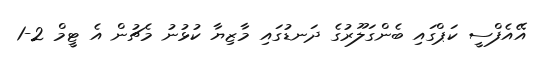
އޭއެފްސީ ކަޕްގައި ބެންގަލޫރުގެ ދަނޑުގައި މާޒިޔާ ކުޅުނު މެޗުން އެ ޓީމް 2-1